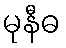
မုနီဓ